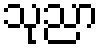
သုညာ